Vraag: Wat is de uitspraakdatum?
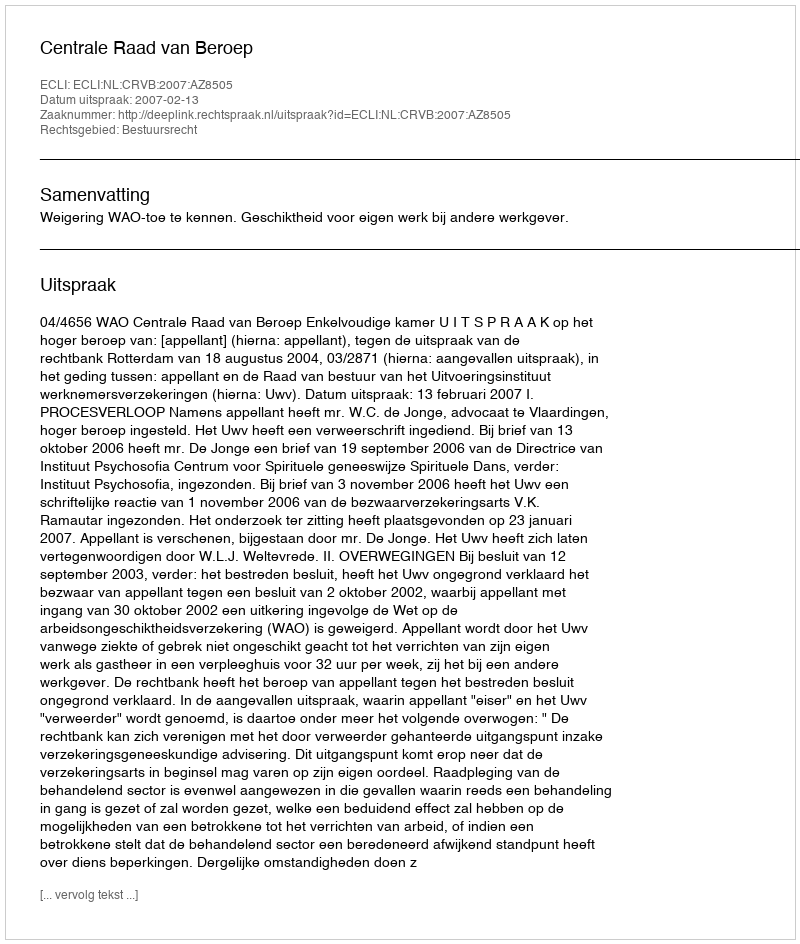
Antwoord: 2007-02-13